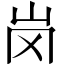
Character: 岗